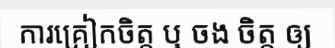
ការគ្រៀកចិត្ត ឬ ចង ចិត្ត ឲ្យ